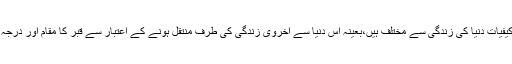
جس طرح دنیا میں آنے کے لئے ماں کا پیٹ پہلی منزل ہے،اور اس کی کیفیات دنیا کی زندگی سے مختلف ہیں،بعینہ اس دنیا سے اخروی زندگی کی طرف منتقل ہونے کے اعتبار سے قبر کا مقام اور درجہ ہے،اوراس کی کیفیات کو ہم دنیا کی زندگی پر قیاس نہیں کر سکتے ہیں۔